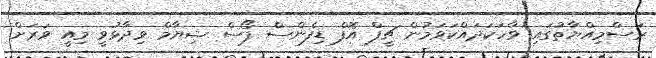
ރަސްމިއްޔާތުގައި ވާހަކަދައްކަވަމުން ޗީފް އޮފް ޑިފެންސް ފޯސް ޝިޔާމް ވިދާޅުވީ މިއީ ވަރަށް